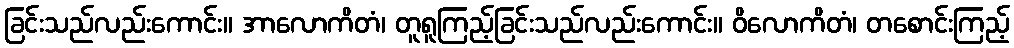
ခြင်းသည်လည်းကောင်း။ အာလောကိတံ၊ တူရူကြည့်ခြင်းသည်လည်းကောင်း။ ဝိလောကိတံ၊ တစောင်းကြည့်